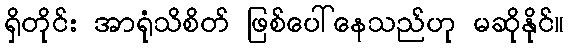
ရှိတိုင်း အာရုံသိစိတ် ဖြစ်ပေါ်နေသည်ဟု မဆိုနိုင်။